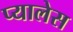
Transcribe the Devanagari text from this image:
प्यालेस